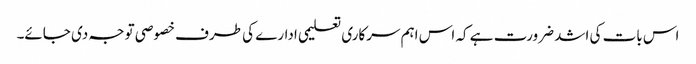
اس بات کی اشد ضرورت ہے کہ اس اہم سرکاری تعلیمی ادارے کی طرف خصوصی توجہ دی جائے۔